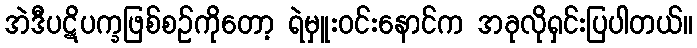
အဲဒီပဋိပက္ခဖြစ်စဉ်ကိုတော့ ရဲမှူးဝင်းနောင်က အခုလိုရှင်းပြပါတယ်။